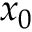
x _ { 0 }